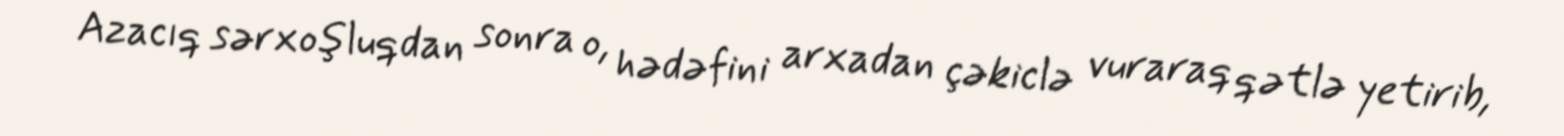
Azacıq sərxoşluqdan sonra o, hədəfini arxadan çəkiclə vuraraq qətlə yetirib,